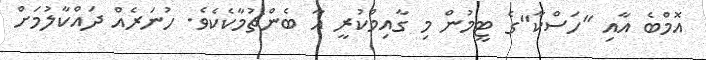
އޮމްބެ އާއި "ހަސްކާ"ގެ ޓީމުން މި ގާއިމްކުރީ އާ ބެންޗުމާކެކެވެ. ހުނަރެއް ދައްކާލުމަށް